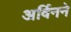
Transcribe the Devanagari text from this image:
अर्विनने